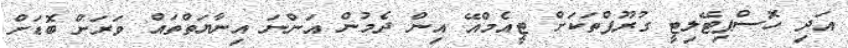
އަދި ހޮސްޕިޓޭލިޓީ ގުރޫޕްތަކަށް ޓީއެމްއޭ އިން ދެމުން އަންނަ އިނާޔަތްތައް ވަރަށް ބޮޑަށް